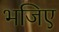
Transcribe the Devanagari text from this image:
भजिए